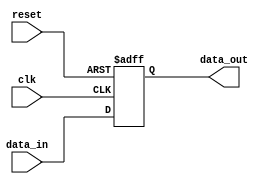
module falling_edge_register (
    input wire clk,           // Clock signal
    input wire reset,         // Asynchronous reset signal
    input wire data_in,       // Input data signal
    output reg data_out       // Output data signal
);

    // Initialization of the output data
    initial begin
        data_out = 1'b0;      // Initialize data_out to 0
    end

    // Always block sensitive to the negative edge of clk
    always @(negedge clk or posedge reset) begin
        if (reset) begin
            data_out <= 1'b0;  // Reset output to 0 on reset signal
        end else begin
            data_out <= data_in; // Update output with input data on falling edge
        end
    end

endmodule